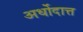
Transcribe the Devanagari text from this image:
अर्धोदात्त